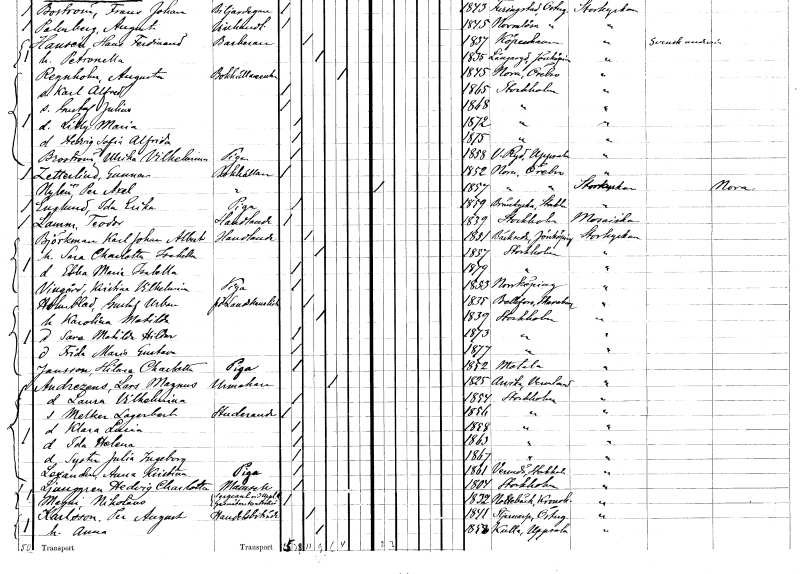
gt_parse: households: individuals: FN: Gunnar
EN: Zetterlind
YRKE: Bokhållare
KON: M
CIV: O
FODAR: 1852
FODFORS: Nora stadsförsamling Örebro län
FN: Per Axel
EN: Nylén
YRKE: Bokhållare
KON: M
CIV: O
FODAR: 1857
FODFORS: Nora stadsförsamling Örebro län
FN: Ida Erika
EN: Englund
YRKE: Piga
KON: K
CIV: O
FODAR: 1859
FODFORS: Brännkyrka Stockholms län
FN: Teodor
EN: Lamm
YRKE: Handlande
KON: M
CIV: O
FODAR: 1839
FODFORS: Stockholm
FN: Karl Johan Albert
EN: Björkman
YRKE: Handlande
KON: M
CIV: G
FODAR: 1851
FODFORS: Bäckseda Jönköpings län
FN: Sara Charlotta Isabella
KON: K
CIV: G
FODAR: 1857
FODFORS: Stockholm
FN: Ebba Maria Isabella
KON: K
CIV: O
FODAR: 1879
FODFORS: Stockholm
FN: Kristina Vilhelmina
EN: Vingård
YRKE: Piga
KON: K
CIV: O
FODAR: 1853
FODFORS: Norrköping Östergötlands län
FN: Gustaf Urban
EN: Holmblad
YRKE: Landskanslist f.d.
KON: M
CIV: G
FODAR: 1835
FODFORS: Bällefors Skaraborgs län
FN: Karolina Matilda
KON: K
CIV: G
FODAR: 1839
FODFORS: Stockholm
FN: Sara Matilda Hildur
KON: K
CIV: O
FODAR: 1873
FODFORS: Stockholm
FN: Frida Maria Gustava
KON: K
CIV: O
FODAR: 1877
FODFORS: Stockholm
FN: Hilma Charlotta
EN: Jansson
YRKE: Piga
KON: K
CIV: O
FODAR: 1852
FODFORS: Motala Östergötlands län
FN: Lars Magnus
EN: Andrezéns
YRKE: Urmakare
KON: M
CIV: E
FODAR: 1825
FODFORS: Arvika Värmlands län
FN: Laura Vilhelmina
KON: K
CIV: O
FODAR: 1854
FODFORS: Stockholm
FN: Melker Lagerbert
YRKE: Studerande
KON: M
CIV: O
FODAR: 1856
FODFORS: Stockholm
FN: Klara Lucia
KON: K
CIV: O
FODAR: 1858
FODFORS: Stockholm
FN: Ida Helena
KON: K
CIV: O
FODAR: 1863
FODFORS: Stockholm
FN: Syster Julia Ingeborg
KON: K
CIV: O
FODAR: 1867
FODFORS: Stockholm
FN: Anna Kristina
EN: Laxander
YRKE: Piga
KON: K
CIV: O
FODAR: 1861
FODFORS: Värmdö Stockholms län
FN: Hedvig Charlotta
EN: Ljunggren
KON: K
CIV: O
FODAR: 1804
FODFORS: Stockholm
FN: Nikolaus
EN: Mejer
YRKE: Gasmätarkontrollör Sergeant vid Uppl. R.
KON: M
CIV: O
FODAR: 1804
FODFORS: Stockholm
FN: Per August
EN: Karlsson
YRKE: Handelsbiträde
KON: M
CIV: G
FODAR: 1841
FODFORS: Stjärnorp Östergötlands län
FN: Anna
KON: K
CIV: G
FODAR: 1858
FODFORS: Kulla Uppsala län